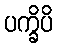
ပက္ခိပိ